Civil Veterinary Department Bihar & Orissa reports 1911-21 - 1911-1921
Year: 1911
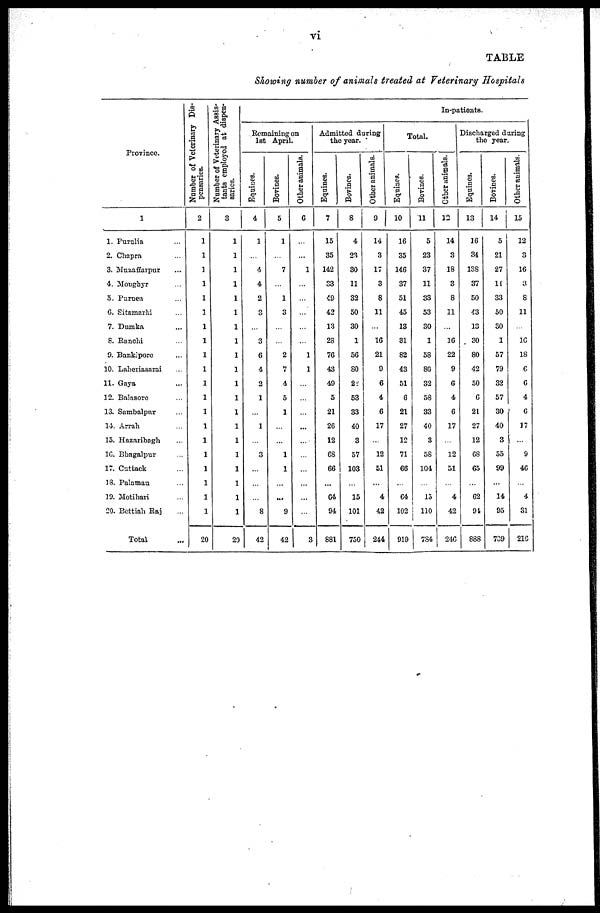
vi
TABLE
Showing number of animals treated at Veterinary Hospitals
Province.
1
1. Purulia ...
2. Chapra ...
3. Muzaffarpur ...
4. Moughyr ...
5. Purnea ...
6. Sitamarhi ...
7. Dumka ...
8. Ranchi ...
9. Bankipore ...
10. Laheriasarai ...
11. Gaya ...
12. Balasore ...
13. Sambalpur ...
14. Arrah ...
15. Hazaribagh ...
16. Bhagalpur ...
17. Cuttack ...
18. Palamau ...
19. Motihari ...
20. Bettiah Raj ...
Total ...
Number of Veterinary Dis-
pensaries.
2
1
1
1
1
1
1
1
1
1
1
1
1
1
1
1
1
1
1
1
1
20
Number of Veterinary Assis-
tants employed at dispen-
saries.
3
1
1
1
1
1
1
1
1
1
1
1
1
1
1
1
1
1
1
1
1
20
In-patients
Remaining on
1st April.
Equines.
4
1
...
4
4
2
...
...
3
6
4
2
1
...
1
...
3
...
...
...
8
42
Bovines.
5
1
...
7
...
1
3
...
...
2
7
4
5
1
...
...
1
1
...
...
9
42
Other animals.
6
...
...
1
...
...
...
...
...
1
1
...
...
...
...
...
...
...
...
...
...
3
Admitted during
the year.
Equines.
7
15
35
142
33
49
42
13
28
76
43
49
5
21
26
12
68
66
...
64
94
881
Bovines.
8
4
23
30
11
32
50
30
1
56
80
28
53
33
40
3
57
103
...
15
101
750
other
animals.
9
14
3
17
3
8
11
...
16
21
9
6
4
6
17
...
12
51
...
4
42
244
Total.
Equines.
10
16
35
146
37
51
45
13
31
82
43
51
6
21
27
12
71
66
...
64
102
919
Bovines.
11
5
23
37
11
33
53
30
1
58
80
32
58
33
40
3
58
104
...
15
110
784
Other animals.
12
14
3
18
3
8
11
...
16
22
9
6
4
6
17
...
12
51
...
4
42
246
Discharged daring
the year.
Equines.
13
16
34
138
37
50
43
13
30
80
42
50
6
21
27
12
68
65
...
62
91
888
Bovines.
14
5
21
27
11
33
50
30
1
57
79
32
57
30
40
3
55
99
...
14
95
789
Other animals.
15
12
...
16
3
8
11
...
16
18
6
6
4
6
17
...
9
46
...
4
31
216